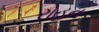
રોહન